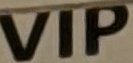
VIP